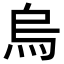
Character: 烏